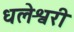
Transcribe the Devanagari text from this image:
धलेश्वरी